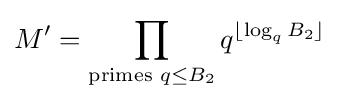
M'=\prod _{{\text{primes }}q\leq B_{2}}q^{\lfloor \log _{q}B_{2}\rfloor }